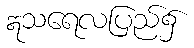
ဣသရေလပြည်၌